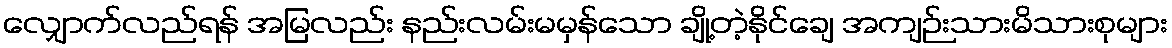
လျှောက်လည်ရန် အမြလည်း နည်းလမ်းမမှန်သော ချို့တဲ့နိုင်ချေ အကျဉ်းသားမိသားစုများ